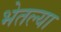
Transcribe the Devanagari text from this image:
भेतल्या